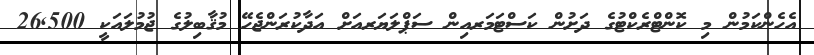
އެހެންކަމުން މި ކޮންޓްރެކްޓުގެ ދަށުން ކަސްޓަމަރއިން ސަޕްލަޔަރއަށް އަދާކުރަންޖެހޭ މުޤާބިލުގެ ޖުމުލައަކީ 26